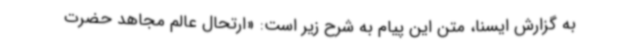
به گزارش ایسنا، متن این پیام به شرح زیر است: «ارتحال عالم مجاهد حضرت